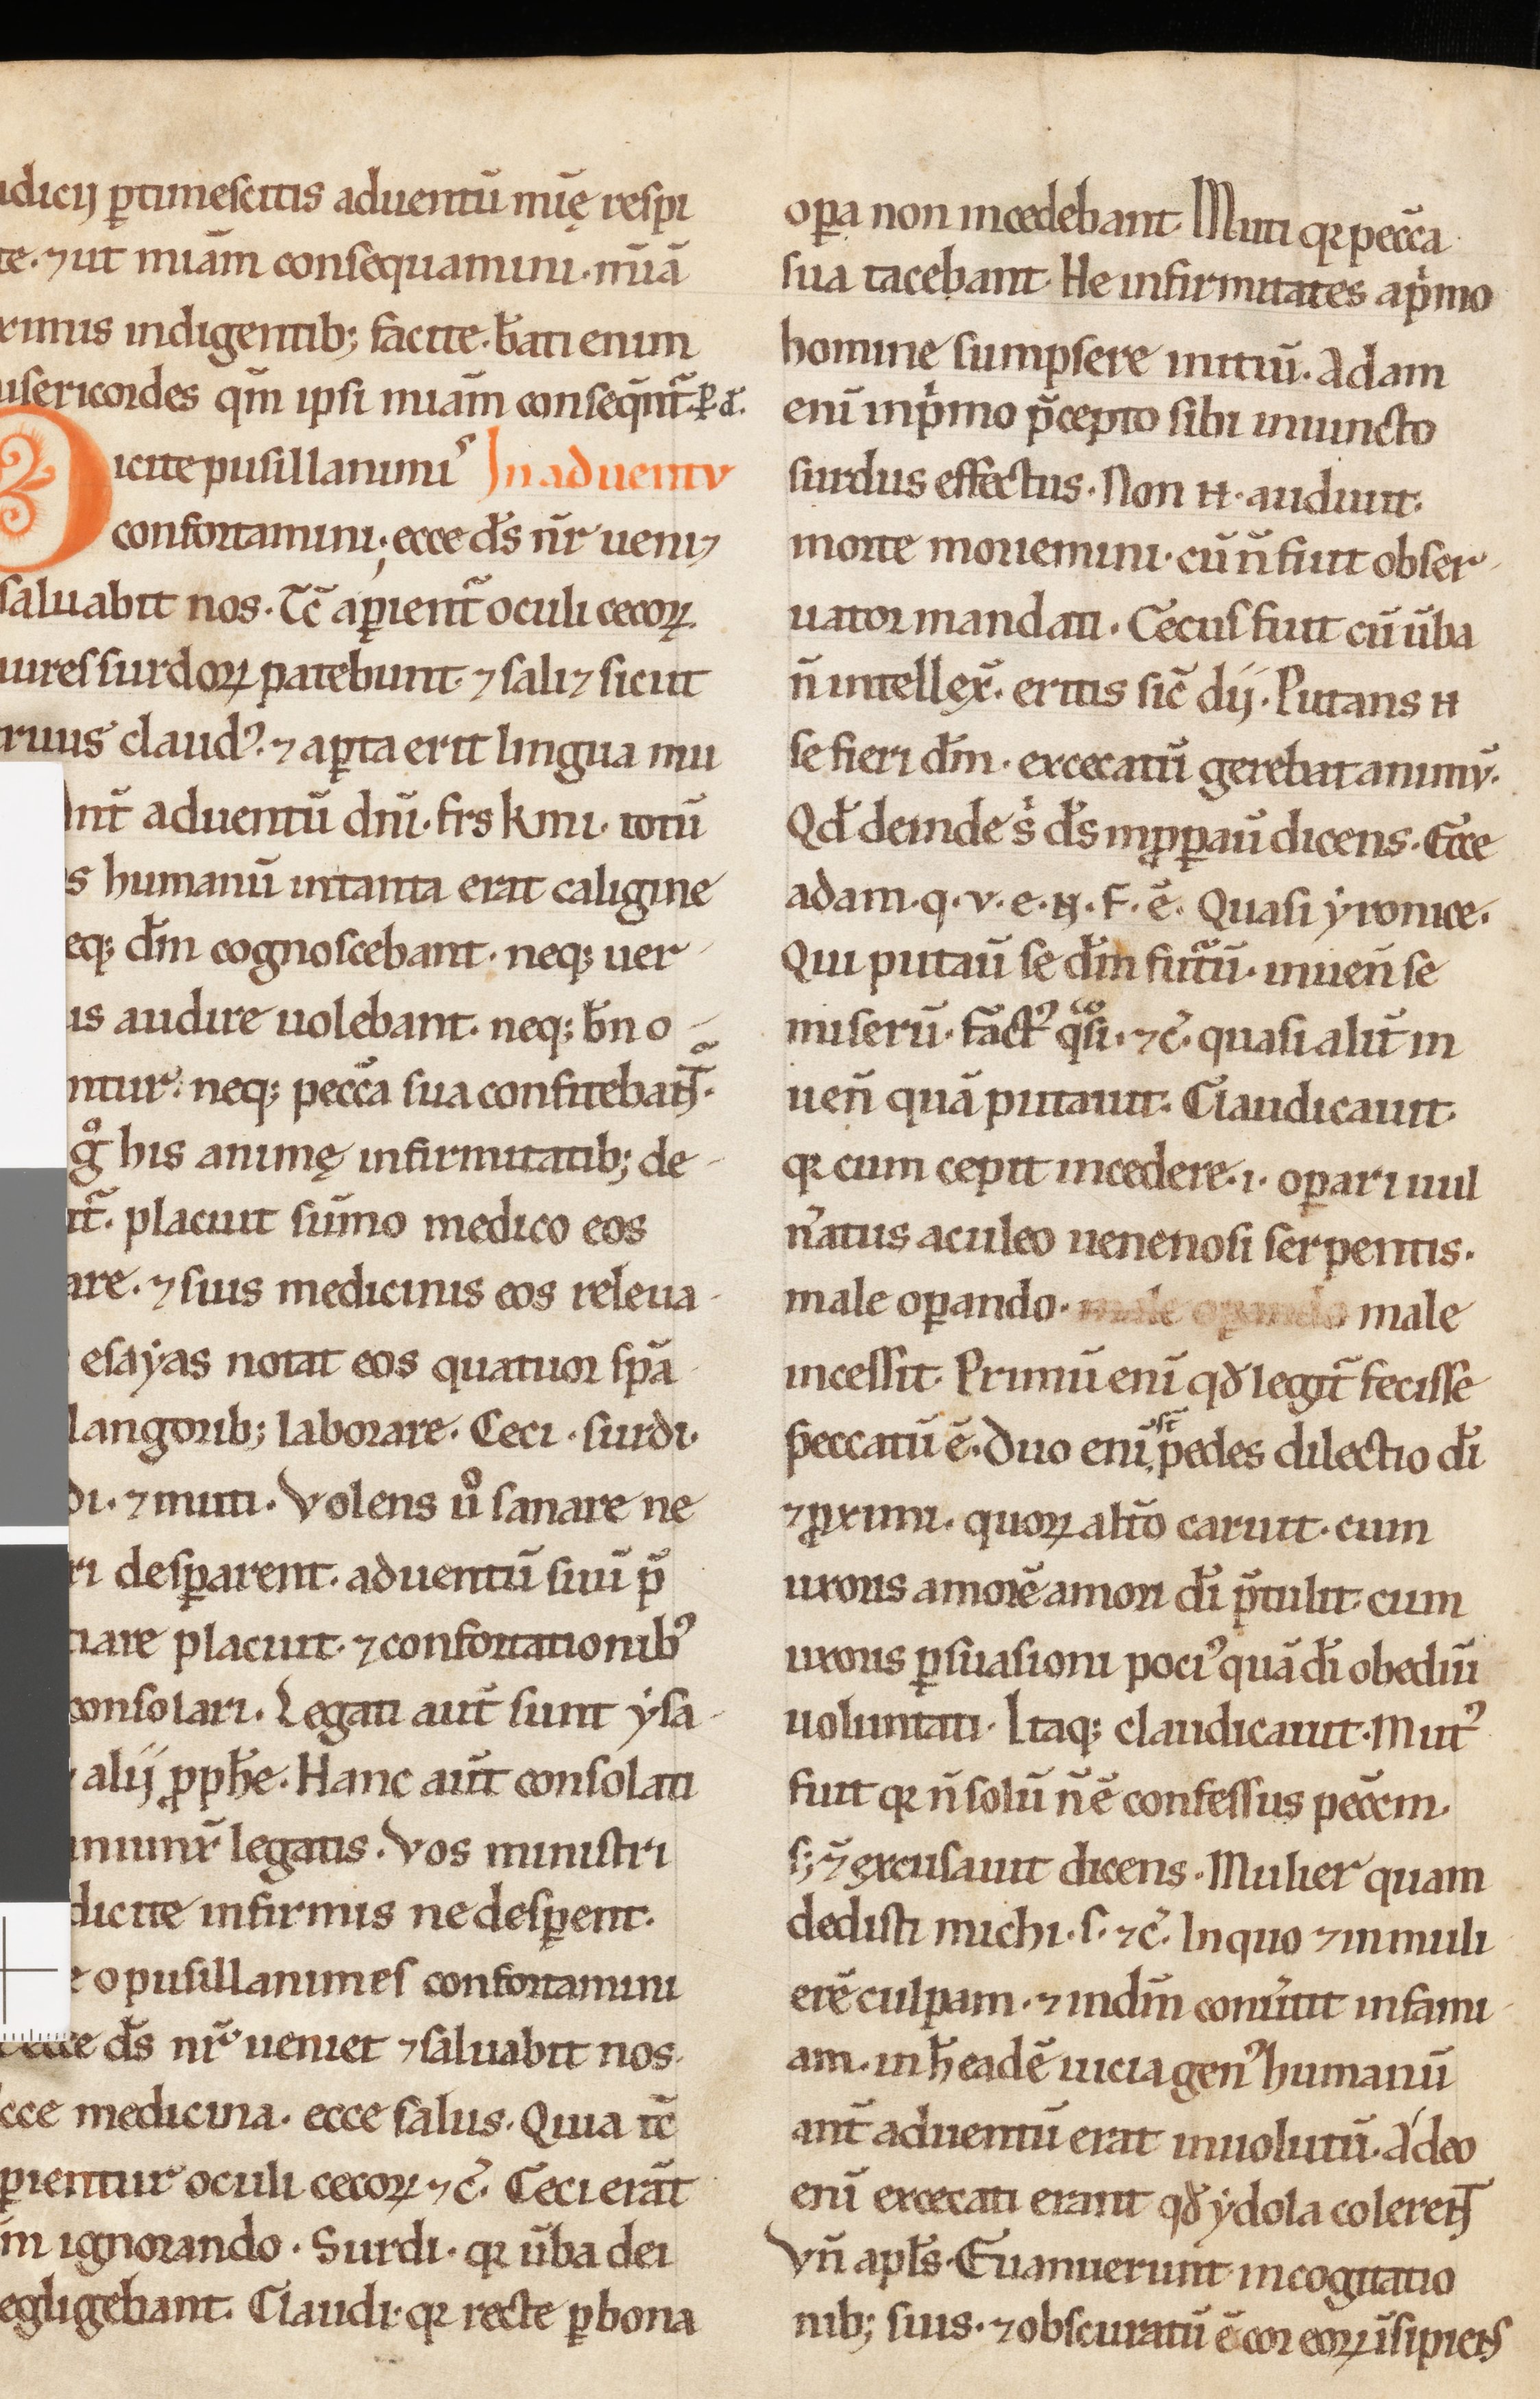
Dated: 1100–1199